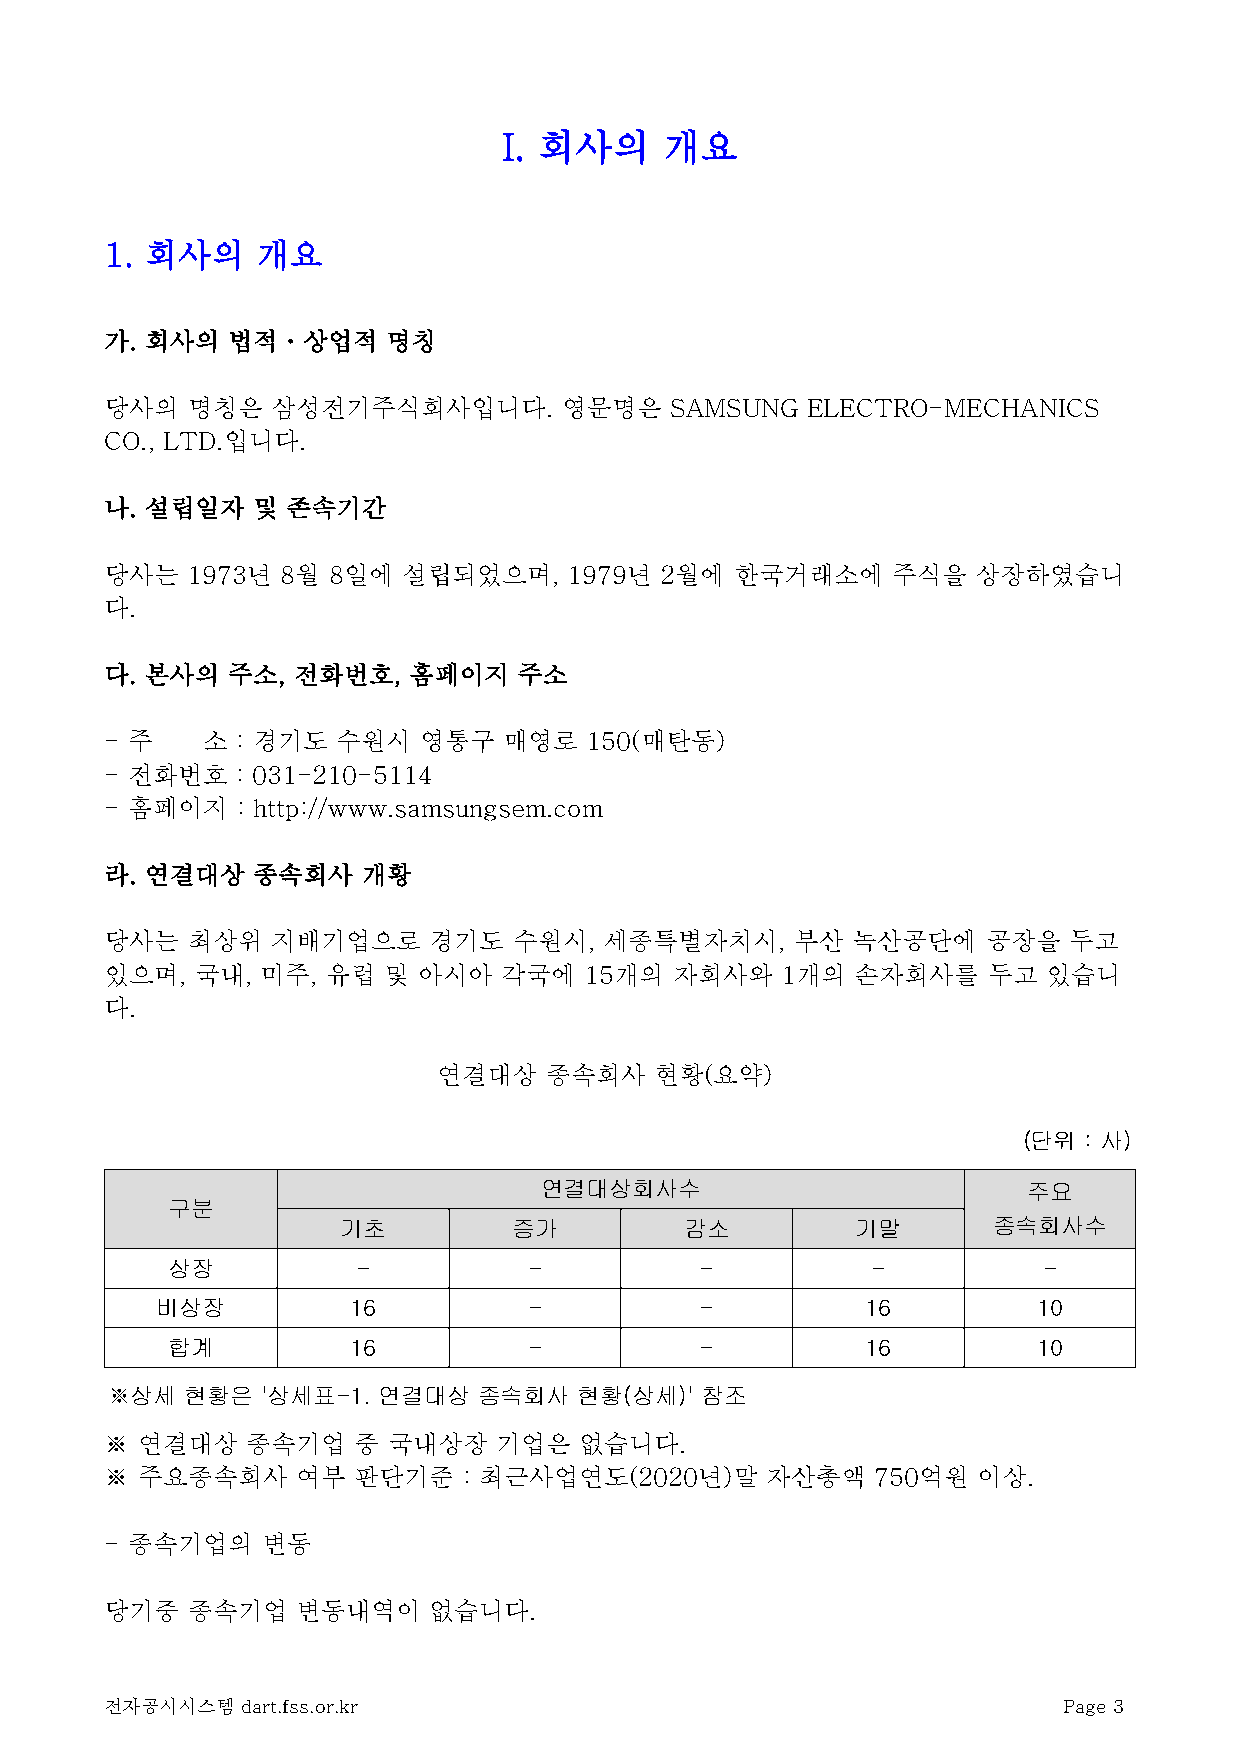
I. 회사의     개요
 1. 회사의    개요
 가. 회사의  법적ㆍ상업적     명칭
 당사의  명칭은   삼성전기주식회사입니다.       영문명은   SAMSUNG  ELECTRO-MECHANICS
 CO., LTD.입니다.
 나. 설립일자   및 존속기간
 당사는  1973년  8월 8일에  설립되었으며,    1979년 2월에  한국거래소에    주식을   상장하였습니
 다.
 다. 본사의  주소, 전화번호,   홈페이지   주소
 - 주   소  : 경기도 수원시   영통구  매영로   150(매탄동)
 - 전화번호   : 031-210-5114
 - 홈페이지   : http://www.samsungsem.com
 라. 연결대상   종속회사   개황
 당사는  최상위   지배기업으로    경기도   수원시,  세종특별자치시,     부산 녹산공단에    공장을   두고
 있으며,  국내, 미주,  유럽 및  아시아  각국에   15개의  자회사와   1개의  손자회사를   두고  있습니
 다.
 연결대상   종속회사   현황(요약)
 (단위 : 사)
 연결대상회사수                         주요
 구분
 기초         증가         감소          기말       종속회사수
 상장           -          -          -           -          -
 비상장          16          -          -          16          10
 합계          16          -          -          16          10
 ※상세  현황은  '상세표-1. 연결대상   종속회사  현황(상세)' 참조
 ※ 연결대상   종속기업   중  국내상장   기업은  없습니다.
 ※ 주요종속회사     여부 판단기준    : 최근사업연도(2020년)말    자산총액   750억원  이상.
 - 종속기업의   변동
 당기중  종속기업    변동내역이   없습니다.
 전자공시시스템  dart.fss.or.kr                                        Page 3